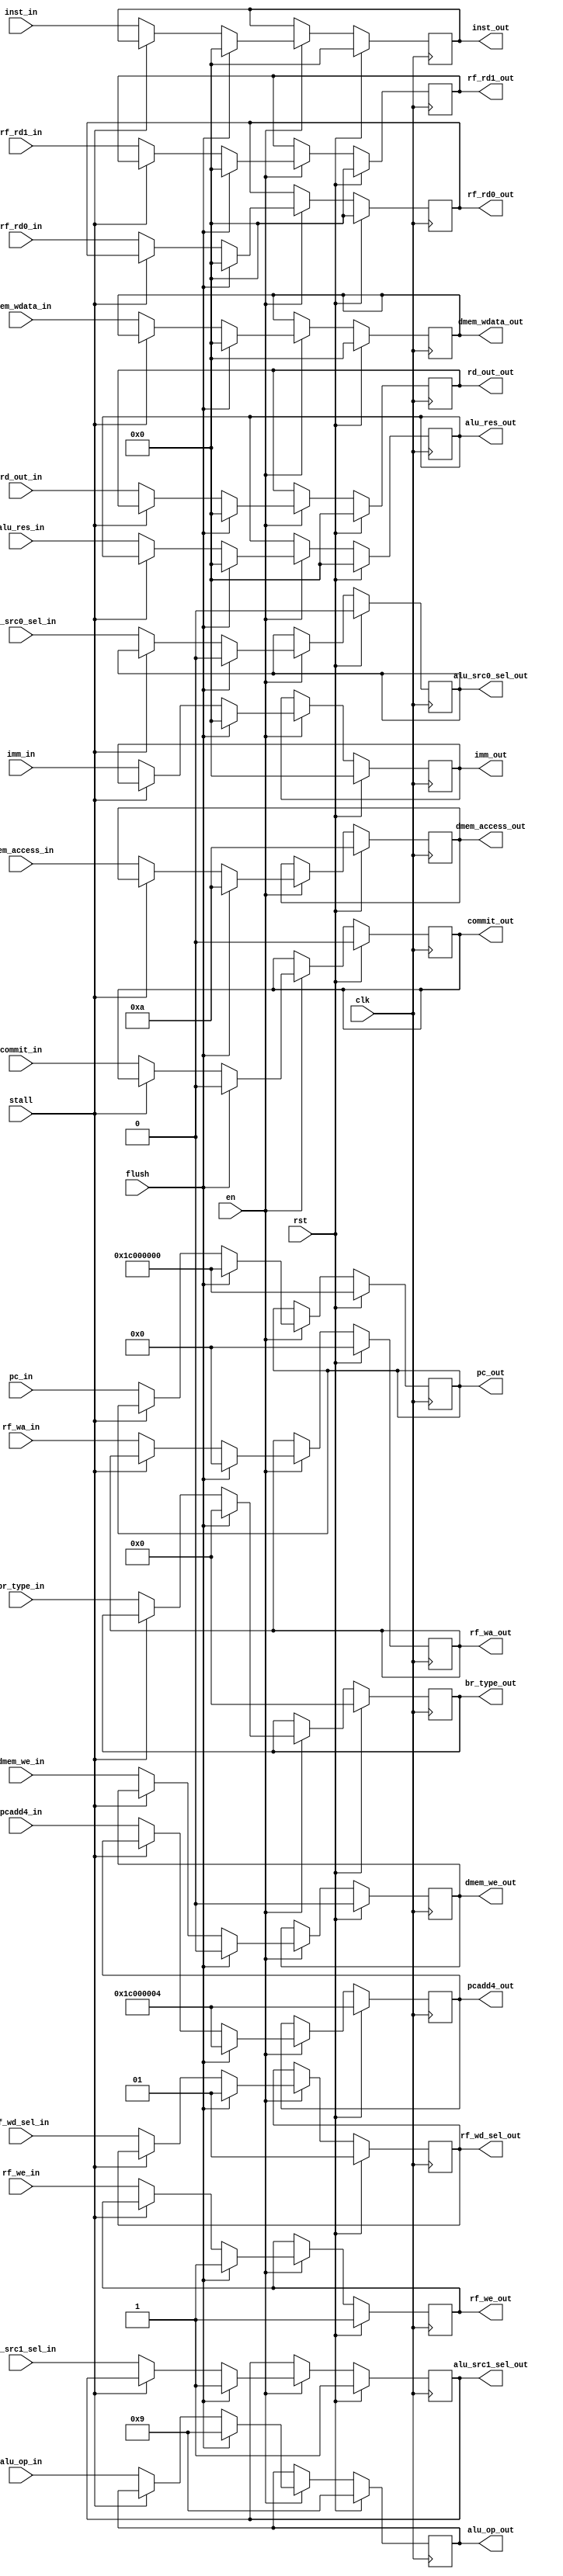
module SEG_REG (
    input                   [ 0 : 0]        clk,
    input                   [ 0 : 0]        rst,
    input                   [ 0 : 0]        en,
    input                   [ 0 : 0]        flush,
    input                   [ 0 : 0]        stall,
    /* COMMIT */
    input                   [ 0 : 0]        commit_in,
    output       reg        [ 0 : 0]        commit_out,
    /* IF */
    //PC
    input                   [31 : 0]        pc_in,
    //IM
    input                   [31 : 0]        inst_in,
    //PCADD4
    input                   [31 : 0]        pcadd4_in,
    //output
    output       reg        [31 : 0]        pc_out,
    output       reg        [31 : 0]        inst_out,
    output       reg        [31 : 0]        pcadd4_out,
    /* ID */
    //DECODER
    input                   [ 4 : 0]            alu_op_in,
    input                   [ 3 : 0]            dmem_access_in,
    input                   [31 : 0]            imm_in,
    input                   [ 4 : 0]            rf_wa_in,
    input                   [ 0 : 0]            rf_we_in,
    input                   [ 1 : 0]            rf_wd_sel_in,
    input                   [ 0 : 0]            dmem_we_in,
    input                   [ 0 : 0]            alu_src0_sel_in,
    input                   [ 0 : 0]            alu_src1_sel_in,
    input                   [ 5 : 0]            br_type_in,

    output       reg        [ 4 : 0]            alu_op_out,
    output       reg        [ 3 : 0]            dmem_access_out,
    output       reg        [31 : 0]            imm_out,
    output       reg        [ 4 : 0]            rf_wa_out,
    output       reg        [ 0 : 0]            rf_we_out,
    output       reg        [ 1 : 0]            rf_wd_sel_out,
    output       reg        [ 0 : 0]            dmem_we_out,
    output       reg        [ 0 : 0]            alu_src0_sel_out,
    output       reg        [ 0 : 0]            alu_src1_sel_out,
    output       reg        [ 5 : 0]            br_type_out,
    //REG_FILE
    input                   [31 : 0]        rf_rd0_in,
    input                   [31 : 0]        rf_rd1_in,

    output       reg        [31 : 0]        rf_rd0_out,
    output       reg        [31 : 0]        rf_rd1_out,
    /* EX */
    //ALU
    input                   [31 : 0]            alu_res_in,
    output      reg         [31 : 0]            alu_res_out,
    /* MEM */
    //SL_UNIT
    input                   [31 : 0]                rd_out_in,
    output      reg         [31 : 0]                rd_out_out,
    input                   [31 : 0]                dmem_wdata_in,
    output      reg         [31 : 0]                dmem_wdata_out
    /* WB */
);

    always @(posedge clk) begin
        if(rst)begin
            commit_out <= 1'b0;
            /* IF */
            pc_out <= 32'h1c00_0000;
            inst_out <= 32'h0;
            pcadd4_out <= 32'h1c00_0000 + 32'd4;
            /* ID */
            //DECODER
            alu_op_out          <= 5'B01001;//ADD
            dmem_access_out     <= 4'b1010;//
            imm_out             <= 32'b0;//
            rf_wa_out           <= 5'b0;//
            rf_we_out           <= 1'b1;
            rf_wd_sel_out       <= 2'b01;
            dmem_we_out         <= 1'b0;
            alu_src0_sel_out    <= 1'b0; 
            alu_src1_sel_out    <= 1'b1; 
            br_type_out         <= 6'b0;
            //REG_FILE
            rf_rd0_out <= 32'b0;
            rf_rd1_out <= 32'b0;
            /* EXE */
            //ALU
            alu_res_out <= 32'b0;
            /* MEM */
            //SL_UNIT
            rd_out_out <= 32'b0;
            dmem_wdata_out <= 32'b0;
            /* WB */
        end
        else if(en)begin
            if(flush)begin
                commit_out <= 1'b0;
                /* IF */
                pc_out <= 32'h1c00_0000;
                inst_out <= 32'h0;
                pcadd4_out <= 32'h1c00_0000 + 32'd4;
                /* ID */
                //DECODER
                alu_op_out          <= 5'B01001;//ADD
                dmem_access_out     <= 4'b1010;//
                imm_out             <= 32'b0;//
                rf_wa_out           <= 5'b0;//
                rf_we_out           <= 1'b1;
                rf_wd_sel_out       <= 2'b01;
                dmem_we_out         <= 1'b0;
                alu_src0_sel_out    <= 1'b0; 
                alu_src1_sel_out    <= 1'b1; 
                br_type_out         <= 6'b0;
                //REG_FILE
                rf_rd0_out <= 32'b0;
                rf_rd1_out <= 32'b0;
                /* EXE */
                //ALU
                alu_res_out <= 32'b0;
                /* MEM */
                //SL_UNIT
                rd_out_out <= 32'b0;
                dmem_wdata_out <= 32'b0;
                /* WB */
            end
            else if(stall)begin
                commit_out <= commit_out;
                /* IF */
                pc_out <= pc_out;
                inst_out <= inst_out;
                pcadd4_out <= pcadd4_out;
                /* ID */
                //DECODER
                alu_op_out          <= alu_op_out;
                dmem_access_out     <= dmem_access_out;
                imm_out             <= imm_out;
                rf_wa_out           <= rf_wa_out;
                rf_we_out           <= rf_we_out;
                rf_wd_sel_out       <= rf_wd_sel_out;
                dmem_we_out         <= dmem_we_out;
                alu_src0_sel_out    <= alu_src0_sel_out; 
                alu_src1_sel_out    <= alu_src1_sel_out; 
                br_type_out         <= br_type_out;
                //REG_FILE
                rf_rd0_out <= rf_rd0_out;
                rf_rd1_out <= rf_rd1_out;
                /* EXE */
                //ALU
                alu_res_out <= alu_res_out;
                /* MEM */
                //SL_UNIT
                rd_out_out <= rd_out_out;
                dmem_wdata_out <= dmem_wdata_out;
                /* WB */
            end
            else begin
                commit_out <= commit_in;
                /* IF */
                pc_out <= pc_in;
                inst_out <= inst_in;
                pcadd4_out <= pcadd4_in;
                /* ID */
                //DECODER
                alu_op_out          <= alu_op_in;
                dmem_access_out     <= dmem_access_in;
                imm_out             <= imm_in;
                rf_wa_out           <= rf_wa_in;
                rf_we_out           <= rf_we_in;
                rf_wd_sel_out       <= rf_wd_sel_in;
                dmem_we_out         <= dmem_we_in;
                alu_src0_sel_out    <= alu_src0_sel_in; 
                alu_src1_sel_out    <= alu_src1_sel_in; 
                br_type_out         <= br_type_in;
                //REG_FILE
                rf_rd0_out <= rf_rd0_in;
                rf_rd1_out <= rf_rd1_in;
                /* EXE */
                //ALU
                alu_res_out <= alu_res_in;
                /* MEM */
                //SL_UNIT
                rd_out_out <= rd_out_in;
                dmem_wdata_out <= dmem_wdata_in;
                /* WB */
            end
        end
        else begin
            commit_out <= commit_out;
            /* IF */
            pc_out <= pc_out;
            inst_out <= inst_out;
            pcadd4_out <= pcadd4_out;
            /* ID */
            //DECODER
            alu_op_out          <= alu_op_out;
            dmem_access_out     <= dmem_access_out;
            imm_out             <= imm_out;
            rf_wa_out           <= rf_wa_out;
            rf_we_out           <= rf_we_out;
            rf_wd_sel_out       <= rf_wd_sel_out;
            dmem_we_out         <= dmem_we_out;
            alu_src0_sel_out    <= alu_src0_sel_out; 
            alu_src1_sel_out    <= alu_src1_sel_out; 
            br_type_out         <= br_type_out;
            //REG_FILE
            rf_rd0_out <= rf_rd0_out;
            rf_rd1_out <= rf_rd1_out;
            /* EXE */
            //ALU
            alu_res_out <= alu_res_out;
            /* MEM */
            //SL_UNIT
            rd_out_out <= rd_out_out;
            dmem_wdata_out <= dmem_wdata_out;
            /* WB */
        end
    end

endmodule